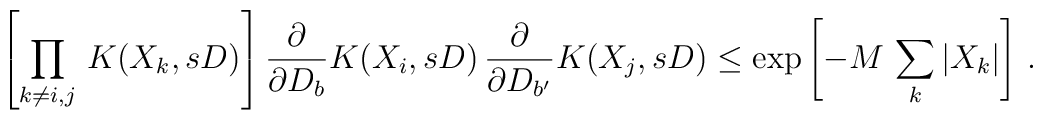
\left. \left[ \prod_{k \neq i,j} \, K(X_{k},sD) \right] \frac{\partial}{\partial D_{b}} K(X_{i},sD) \, \frac{\partial}{\partial D_{b'}} K(X_{j},sD) \leq \exp{ \left[ - M \, \sum_{k} |X_{k}| \right] } \ . \right.